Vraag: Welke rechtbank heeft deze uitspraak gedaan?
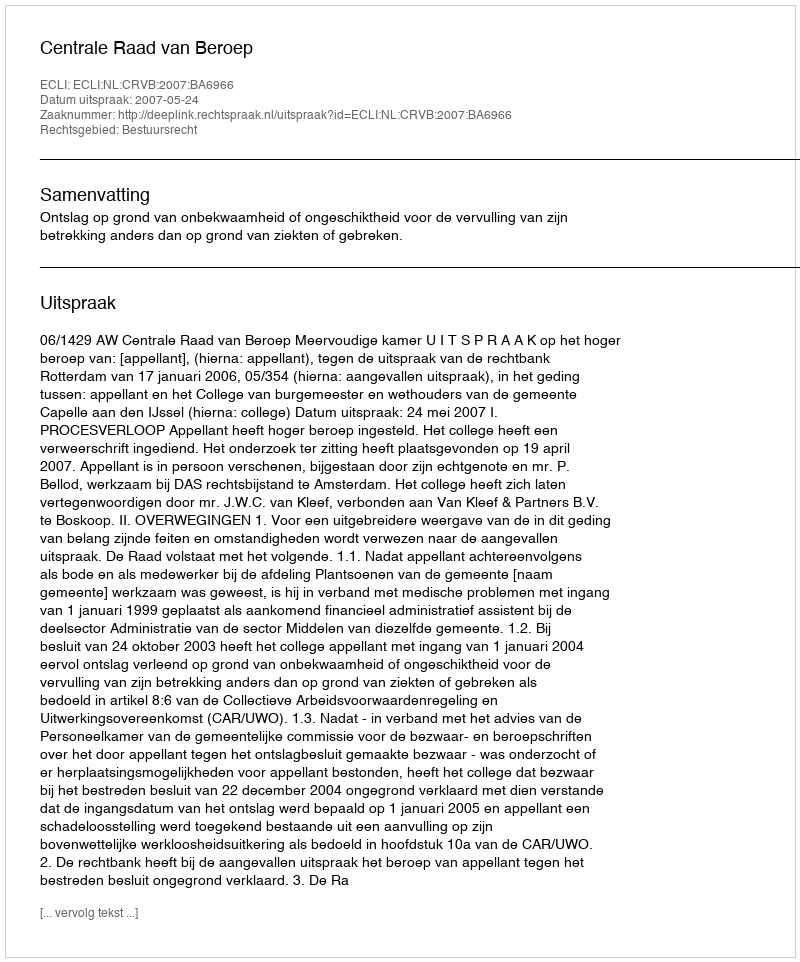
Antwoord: Centrale Raad van Beroep